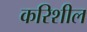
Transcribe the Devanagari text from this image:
करिशील